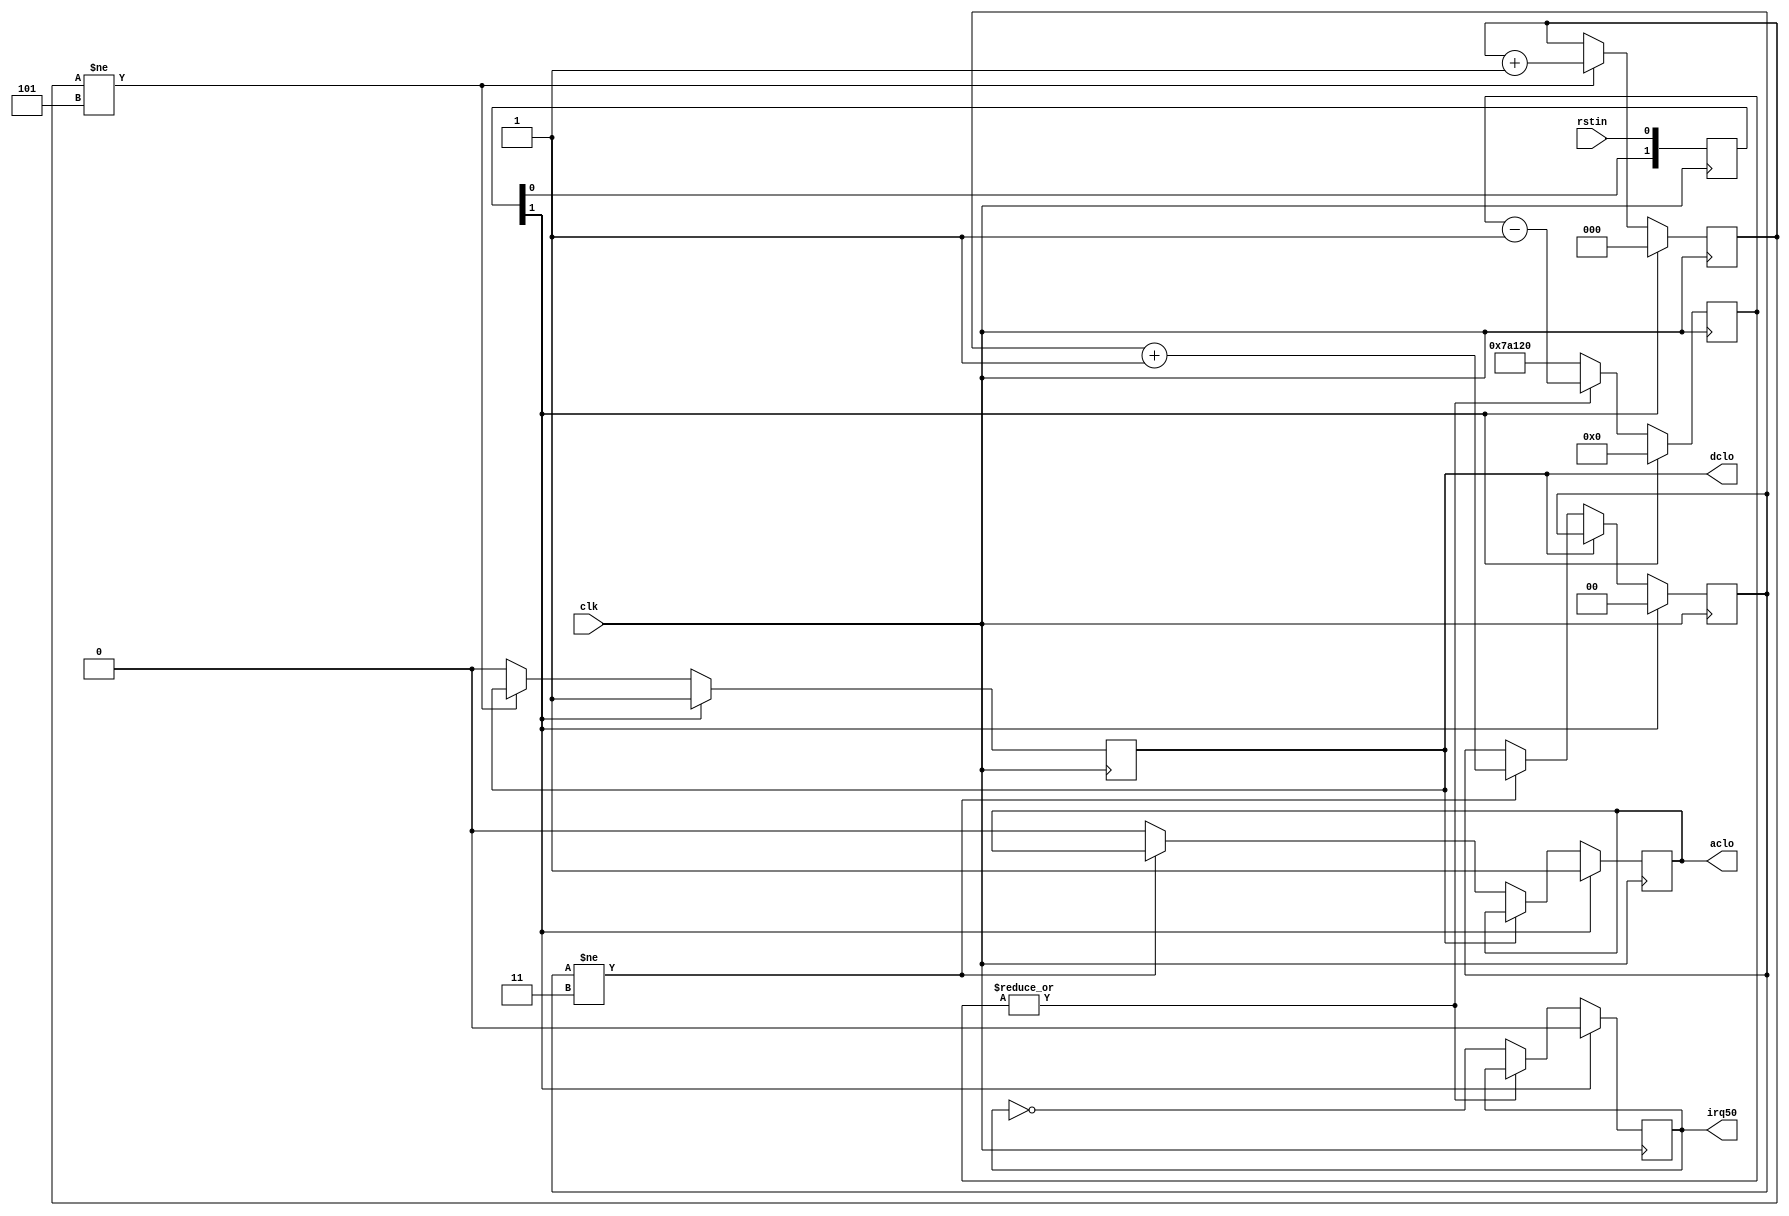
`define 	DCLO_WIDTH_CLK			5
`define	ACLO_DELAY_CLK			3

//*****************************************************
//*   
//*****************************************************
module vtreset (
	input		clk,     //   50 
	input		rstin,   //  , 0 - , 1 - 
	output	dclo,    //  DC
	output	aclo,    //  AC
	output reg irq50  //    50 
);
localparam DCLO_COUNTER_WIDTH = log2(`DCLO_WIDTH_CLK);
localparam ACLO_COUNTER_WIDTH = log2(`ACLO_DELAY_CLK);

reg [DCLO_COUNTER_WIDTH-1:0] dclo_cnt;
reg [ACLO_COUNTER_WIDTH-1:0] aclo_cnt;
reg [1:0] reset;
reg [18:0] intcount;      //    
reg aclo_out, dclo_out;

assign dclo = dclo_out;
assign aclo = aclo_out;

always @(posedge clk) begin
	//
	//      
	//
	reset[0] <= rstin; 
	reset[1] <= reset[0];
	
	if (reset[1])	begin
		dclo_cnt  	<= 0;
		aclo_cnt  	<= 0;
		aclo_out		<= 1'b1;
		dclo_out		<= 1'b1;
		intcount    <= 19'd000000;
		irq50       <= 1'b0;
	end
	else  begin
		//
		//   DCLO
		//
		if (dclo_cnt != `DCLO_WIDTH_CLK)	dclo_cnt <= dclo_cnt + 1'b1;
		else  dclo_out <= 1'b0;  //  DCLO
			
		//
		//   ACLO
		//
		if (~dclo_out)
			if (aclo_cnt != `ACLO_DELAY_CLK) aclo_cnt <= aclo_cnt + 1'b1;
			else	aclo_out <= 1'b0;
			
	   //   
      if (|intcount == 1'b0) begin
         intcount <= 19'd500000;		
			irq50 <= ~irq50;
		end
	   else intcount <= intcount-1'b1;	
  
	end
end

//       
function integer log2(input integer value);
	begin
		for (log2=0; value>0; log2=log2+1) 
			value = value >> 1;
	end
endfunction
endmodule